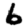
Digit: 6